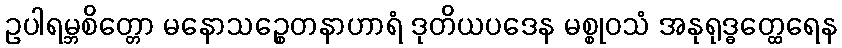
ဥပါရမ္ဘစိတ္တော မနောသဉ္စေတနာဟာရံ ဒုတိယပဒေန မစ္စုဝသံ အနုရုဒ္ဓတ္ထေရေန